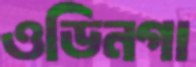
ওডিনগা